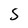
Character: S